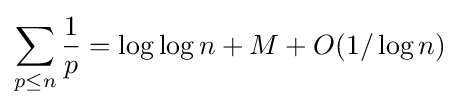
\sum _{p\leq n}{\frac {1}{p}}=\log \log n+M+O(1/\log n)